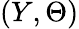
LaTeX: (Y,\Theta)